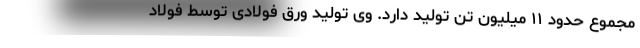
مجموع حدود ۱۱ میلیون تن تولید دارد. وی تولید ورق فولادی توسط فولاد